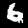
Label: 6